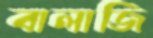
বালাজি